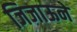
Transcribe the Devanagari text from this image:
जिजाऊने